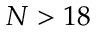
N > 1 8